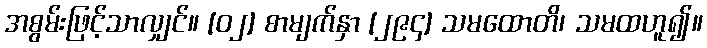
အစွမ်းဖြင့်သာလျှင်။ [၀၂] စာမျက်နှာ [၂၉၄] သမထောတိ၊ သမထဟူ၍။